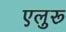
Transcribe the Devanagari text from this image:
एलुरू